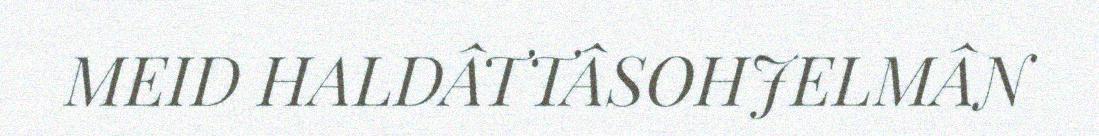
MEID HALDÂTTÂSOHJELMÂN